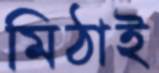
মিঠাই